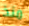
منذ